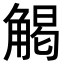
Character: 𮗳